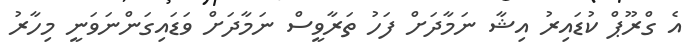
އެ ގްރޫޕް ކުޑައިރު އިޝާ ނަމާދަށް ފަހު ތަރާވީސް ނަމާދަށް ވަޑައިގަންނަވަނީ މިހާރު